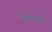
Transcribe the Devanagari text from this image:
पीडोफ़ील